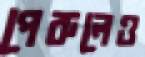
পেরুলেও